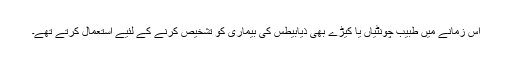
اس زمانے میں طبیب چونٹیاں یا کیڑے بھی ذیابیطس کی بیماری کو تشخیص کرنے کے لئیے استعمال کرتے تھے۔